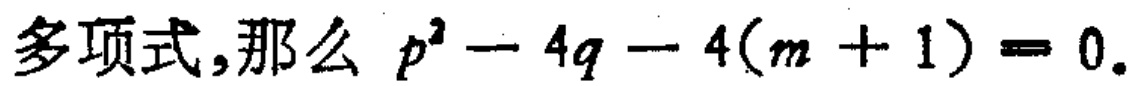
多项式,那么 \(p^{2}-4q - 4(m + 1)=0\).